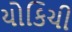
યોકિચી